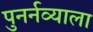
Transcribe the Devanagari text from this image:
पुनर्नव्याला